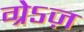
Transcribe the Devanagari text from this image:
ग्रेऽज़